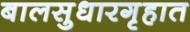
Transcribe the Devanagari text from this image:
बालसुधारगृहात